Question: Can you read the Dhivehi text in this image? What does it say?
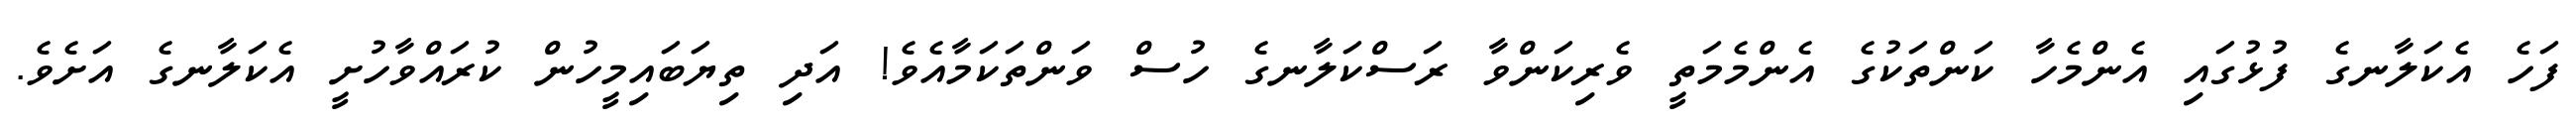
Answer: ފަހެ އެކަލާނގެ ފުޅުގައި އެންމެހާ ކަންތަކުގެ އެންމެމަތީ ވެރިކަންވާ ރަސްކަލާނގެ ހުސް ވަންތަކަމާއެވެ! އަދި ތިޔަބައިމީހުން ކުރައްވާހުށީ އެކަލާނގެ އަށެވެ.